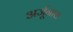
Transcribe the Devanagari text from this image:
अर्जूनास